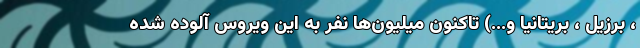
، برزیل ، بریتانیا و...) تاکنون میلیون‌ها نفر به این ویروس آلوده شده